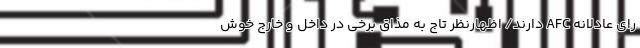
رای عادلانه AFC دارند/ اظهارنظر تاج به مذاق برخی در داخل و خارج خوش